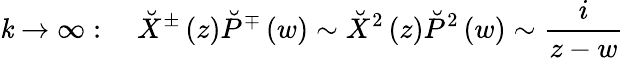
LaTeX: \mathit{k}\rightarrow\infty:\quad\breve{{X}}^{\pm}\left(z\right)\breve{{P}}^{\mp}\left(w\right)\sim\breve{{X}}^{2}\left(z\right)\breve{{P}}^{2}\left(w\right)\sim\frac{i}{{z-w}}